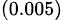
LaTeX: _{(0.005)}